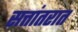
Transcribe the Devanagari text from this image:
सत्तांतरात